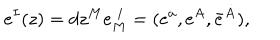
LaTeX: e ^ { I } ( z ) = d z ^ { M } e _ { M } ^ { ~ I } = ( e ^ { a } , e ^ { A } , \bar { e } ^ { \dot { A } } ) ,